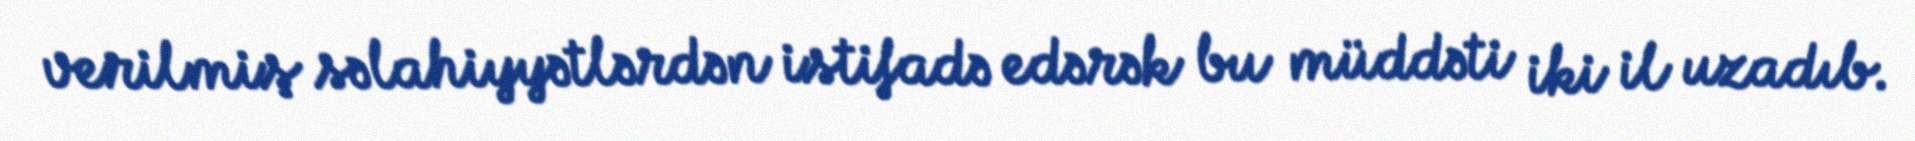
verilmiş səlahiyyətlərdən istifadə edərək bu müddəti iki il uzadıb.